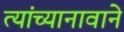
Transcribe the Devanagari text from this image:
त्यांच्यानावाने